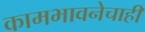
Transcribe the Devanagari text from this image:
कामभावनेचाही